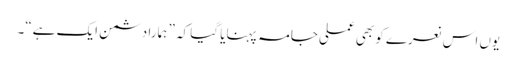
یوں اس نعرے کو بھی عملی جامہ پہنایا گیا کہ ” ہمارا دشمن ایک ہے“۔